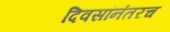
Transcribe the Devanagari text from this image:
दिवसांनंतरच